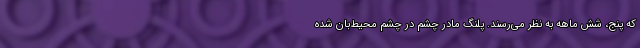
که پنج، شش ماهه به نظر می‌رسند. پلنگ مادر چشم در چشم محیط‌بان شده